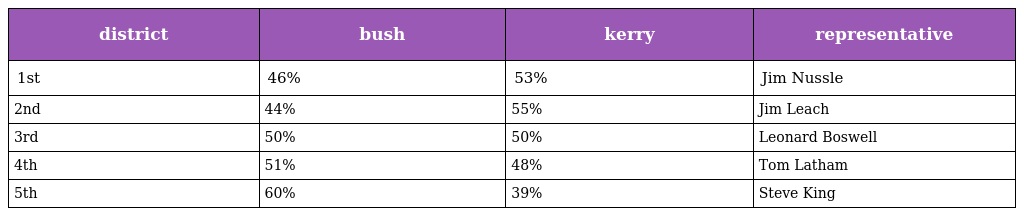
| district | bush | kerry | representative |
 | --- | --- | --- | --- |
 | 1st | 46% | 53% | Jim Nussle |
 | 2nd | 44% | 55% | Jim Leach |
 | 3rd | 50% | 50% | Leonard Boswell |
 | 4th | 51% | 48% | Tom Latham |
 | 5th | 60% | 39% | Steve King |